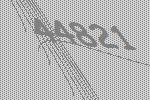
44821